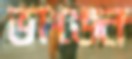
ভাঙেন